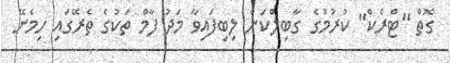
ގޮތް "ޓްރެކް" ކުރުމުގެ ގާބިލްކަން ލިބިފައިވާ މަދު ފާމް ތަކުގެ ތެރޭގައި ހިމެނޭ